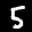
Label: 5